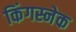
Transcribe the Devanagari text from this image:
किंगस्नेक